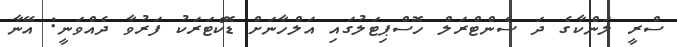
ސްރީ ލަންކާގެ ދަ ސެންޓްރަލް ހޮސްޕިޓަލުގައި އަލްހާނަށް ޑޮކްޓަރަކު ފަރުވާ ދެއްވަނީ: އޭނާ